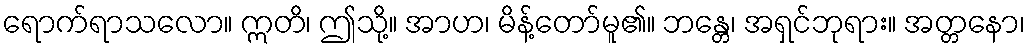
ရောက်ရာသလော။ ဣတိ၊ ဤသို့။ အာဟ၊ မိန့်တော်မူ၏။ ဘန္တေ၊ အရှင်ဘုရား။ အတ္တနော၊